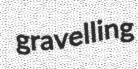
gravelling